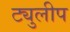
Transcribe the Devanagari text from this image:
ट्युलीप